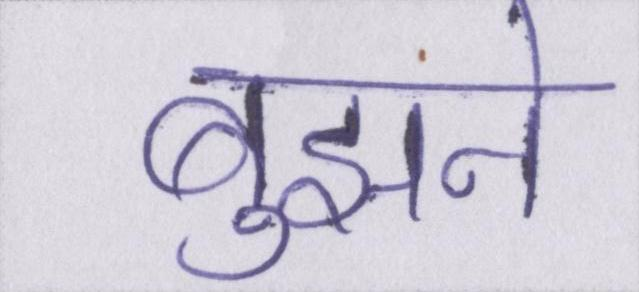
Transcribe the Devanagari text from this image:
बुझने